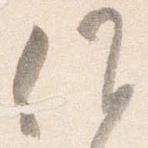
候